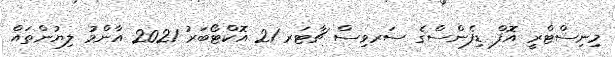
މިނިސްޓްރީ އޮފް ޑިފެންސްގެ ސަރވިސް ޗާޓަރ 21 އޮކްޓޯބަރު 2021 އާންމު ލިޔުންތައް